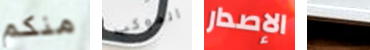
منكم الموكب الإصدار فتياتك